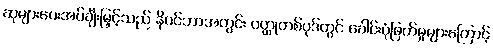
ဆုများပေးအပ်ချီးမြှင့်သည် နိုဝင်ဘာအတွင်း ဝတ္ထုတစ်ပုဒ်တွင် ခေါင်းပုံဖြတ်မှုများကြောင့်